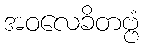
အဝလေခိတဗ္ဗံ